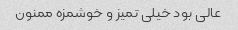
عالی بود خیلی تمیز و خوشمزه ممنون